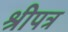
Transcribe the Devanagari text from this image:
श्रीपत्र